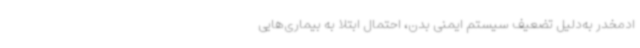
ادمخدر به‌دلیل تضعیف سیستم ایمنی بدن، احتمال ابتلا به بیماری‌هایی